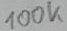
Text: 100K